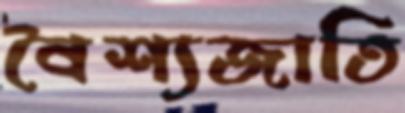
বৈশ্যজাতি